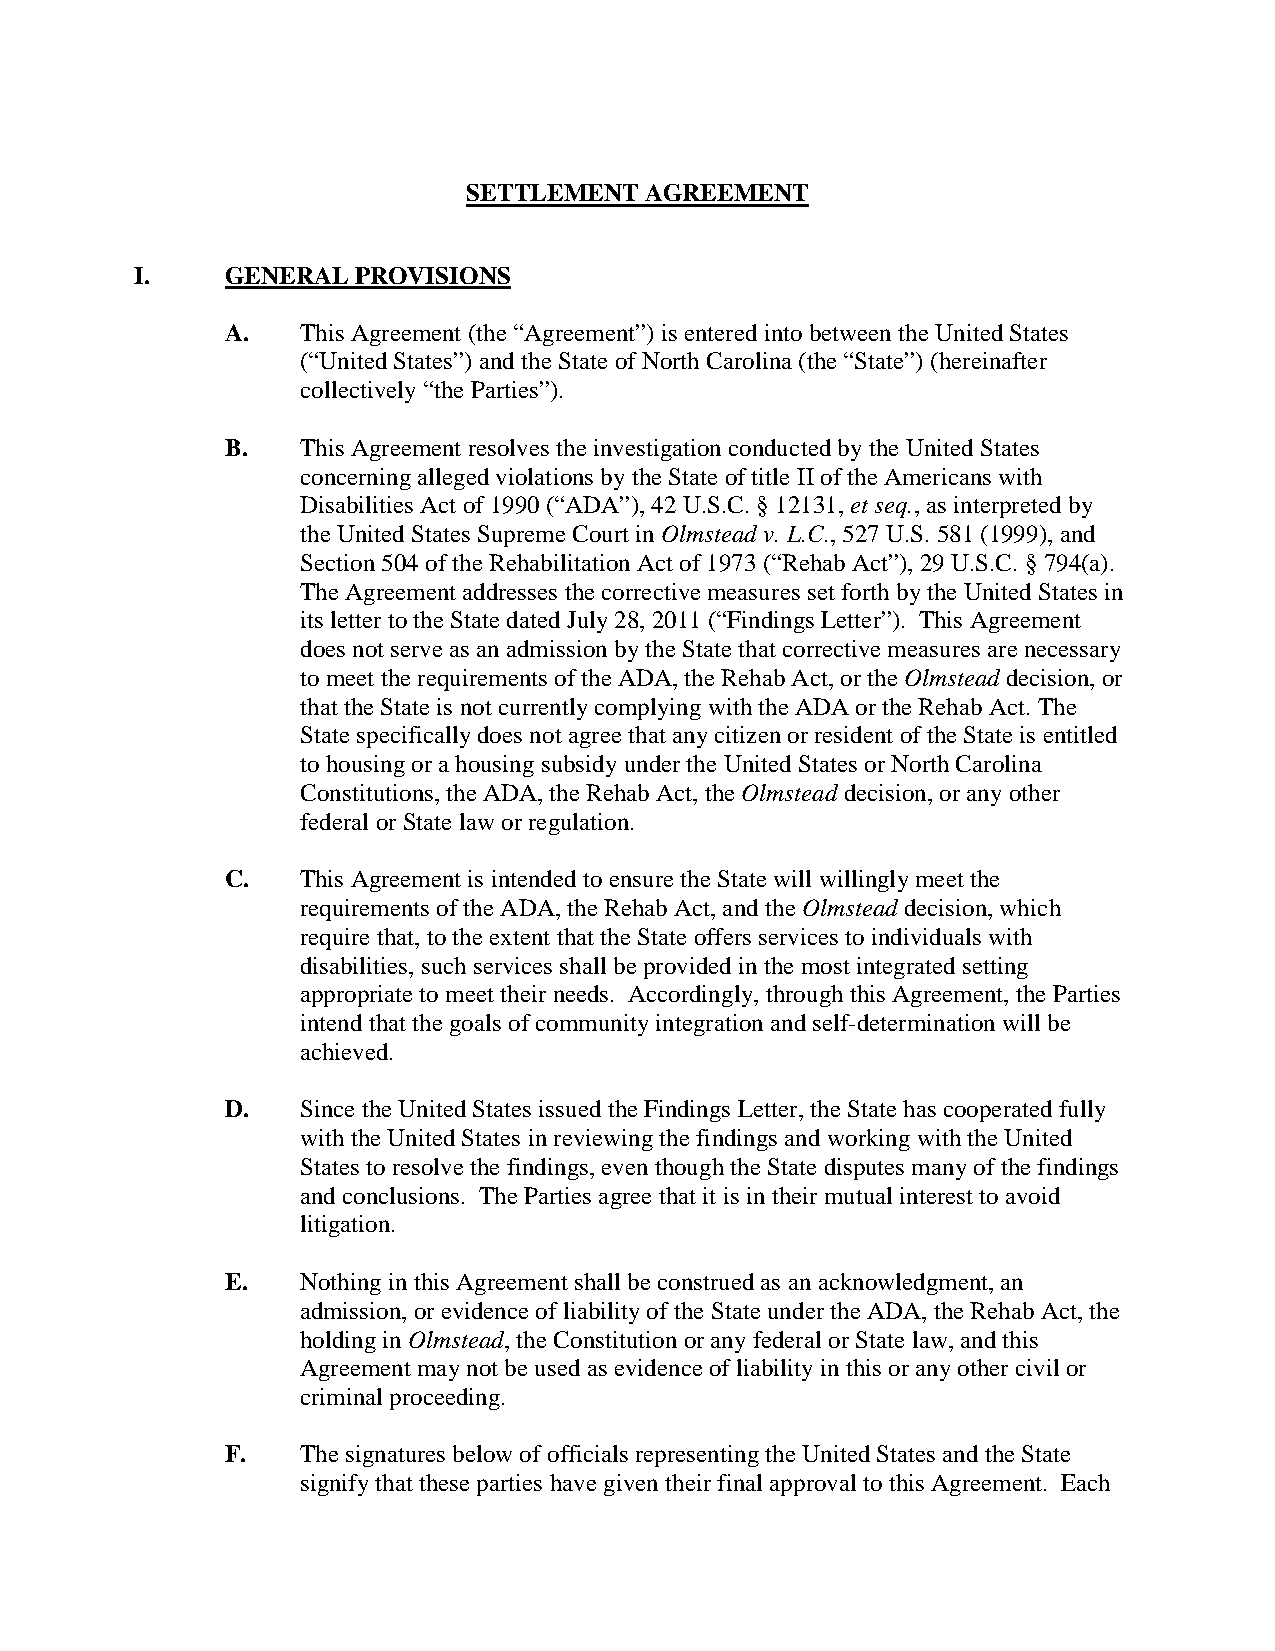
SETTLEMENT  AGREEMENT
 I.    GENERAL  PROVISIONS
 A.   This Agreement (the “Agreement”) is entered into between the United States
 (“United States”) and the State of North Carolina (the “State”) (hereinafter
 collectively “the Parties”).
 B.   This Agreement resolves the investigation conducted by the United States
 concerning alleged violations by the State of title II of the Americans with
 Disabilities Act of 1990 (“ADA”), 42 U.S.C. § 12131, et seq., as interpreted by
 the United States Supreme Court in Olmstead v. L.C., 527 U.S. 581 (1999), and
 Section 504 of the Rehabilitation Act of 1973 (“Rehab Act”), 29 U.S.C. § 794(a).
 The Agreement addresses the corrective measures set forth by the United States in
 its letter to the State dated July 28, 2011 (“Findings Letter”). This Agreement
 does not serve as an admission by the State that corrective measures are necessary
 to meet the requirements of the ADA, the Rehab Act, or the Olmstead decision, or
 that the State is not currently complying with the ADA or the Rehab Act. The
 State specifically does not agree that any citizen or resident of the State is entitled
 to housing or a housing subsidy under the United States or North Carolina
 Constitutions, the ADA, the Rehab Act, the Olmstead decision, or any other
 federal or State law or regulation.
 C.   This Agreement is intended to ensure the State will willingly meet the
 requirements of the ADA, the Rehab Act, and the Olmstead decision, which
 require that, to the extent that the State offers services to individuals with
 disabilities, such services shall be provided in the most integrated setting
 appropriate to meet their needs. Accordingly, through this Agreement, the Parties
 intend that the goals of community integration and self-determination will be
 achieved.
 D.   Since the United States issued the Findings Letter, the State has cooperated fully
 with the United States in reviewing the findings and working with the United
 States to resolve the findings, even though the State disputes many of the findings
 and conclusions. The Parties agree that it is in their mutual interest to avoid
 litigation.
 E.   Nothing in this Agreement shall be construed as an acknowledgment, an
 admission, or evidence of liability of the State under the ADA, the Rehab Act, the
 holding in Olmstead, the Constitution or any federal or State law, and this
 Agreement may not be used as evidence of liability in this or any other civil or
 criminal proceeding.
 F.   The signatures below of officials representing the United States and the State
 signify that these parties have given their final approval to this Agreement. Each